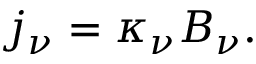
j _ { \nu } = \kappa _ { \nu } B _ { \nu } .